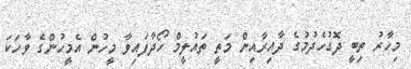
މިހާރު ތިބީ ދޮގުހެދުމުގެ ދާއިރާއިން މަތީ ތައުލީމް ހޯދާފައިވާ މީހުން އެމީހުންގެ ވާހަކަ